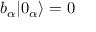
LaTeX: b _ { \alpha } | 0 _ { \alpha } \rangle = 0